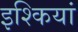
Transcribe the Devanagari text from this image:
इश्कियां